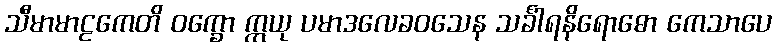
သီမာမာဠကေတိ ဝက္ခော ဣယု ပမာဒလေခဝသေန သင်္ခါရနိရောဓော ကေသာပေ